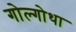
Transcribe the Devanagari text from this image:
गोल्गोथा